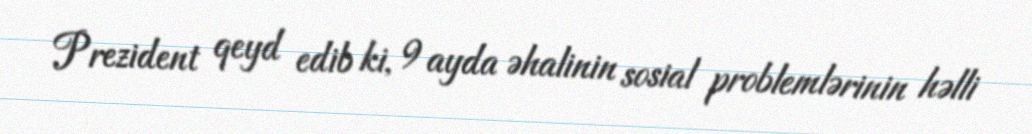
Prezident qeyd edib ki, 9 ayda əhalinin sosial problemlərinin həlli